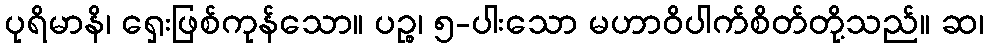
ပုရိမာနိ၊ ရှေးဖြစ်ကုန်သော။ ပဉ္စ၊ ၅-ပါးသော မဟာဝိပါက်စိတ်တို့သည်။ ဆ၊